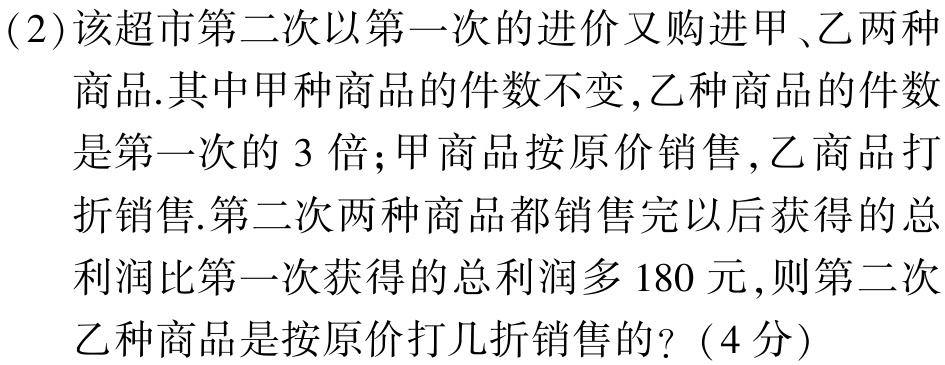
（2）该超市第二次以第一次的进价又购进甲、乙两种商品.其中甲种商品的件数不变，乙种商品的件数是第一次的 3 倍；甲商品按原价销售，乙商品打折销售.第二次两种商品都销售完以后获得的总利润比第一次获得的总利润多 180 元，则第二次乙种商品是按原价打几折销售的？（4 分）